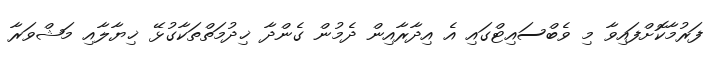
ފަރުމާކޮށްފައިވާ މި ވެބްސައިޓްގައި އެ އިދާރާއިން ދެމުން ގެންދާ ޚިދުމަތްތަކާގުޅޭ ޚިޔާލާއި މަޝްވަރާ